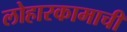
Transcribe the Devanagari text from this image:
लोहारकामाची